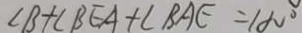
\angle B + \angle B E A + \angle B A E = 1 8 0 ^ { \circ }